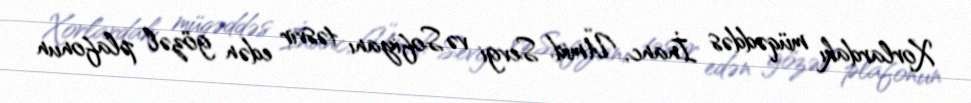
Xorlardakı müqəddəs İnanc, Ümid, Sevgi və Sofiyanı təsvir edən gözəl plafonun